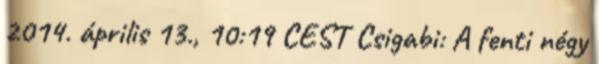
2014. április 13., 10:19 CEST Csigabi: A fenti négy